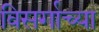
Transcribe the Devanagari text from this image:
विसर्गाच्या